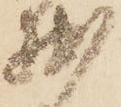
拙